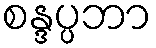
စန္ဒပ္ပဘာ